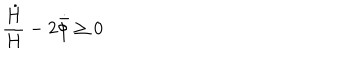
LaTeX: \frac { \dot { H } } { H } - 2 \dot { \bar { \phi } } \geq 0